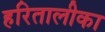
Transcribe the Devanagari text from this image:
हरितालीका